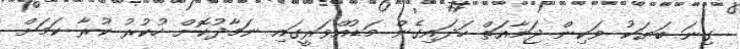
ގިނަ ބަޔަކު ވަކިން ޖަމާއަތް ހަދައިގެން މަޑުއްވަރީގައި ނަމާދުކޮށް ހުކުރު ކުރާ ކަމަށް